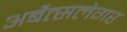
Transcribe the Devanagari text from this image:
अर्बैत्सलेगर